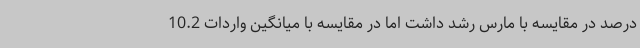
درصد در مقایسه با مارس رشد داشت اما در مقایسه با میانگین واردات 10.2